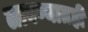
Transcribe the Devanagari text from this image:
लावण्यातही